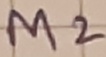
Text: M2